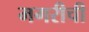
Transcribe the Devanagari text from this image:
मगरीची